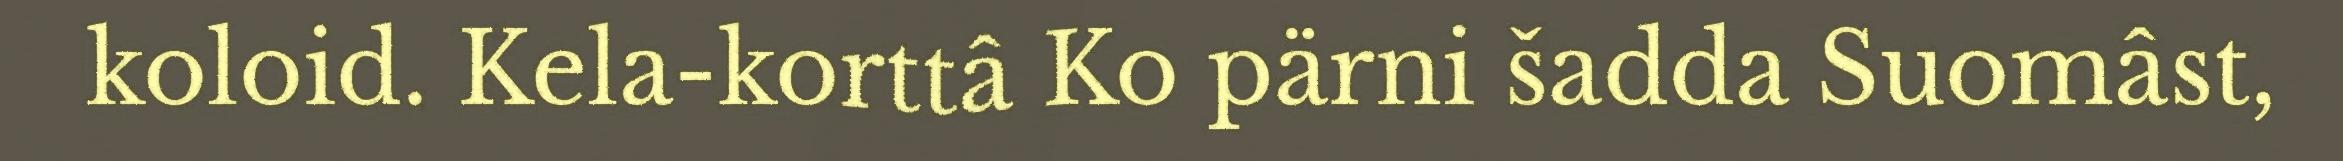
koloid. Kela-korttâ Ko pärni šadda Suomâst,